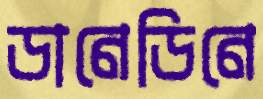
ডানেডিনে